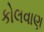
કોલવાણ